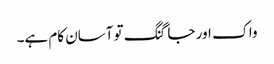
واک اور جاگنگ تو آسان کام ہے۔